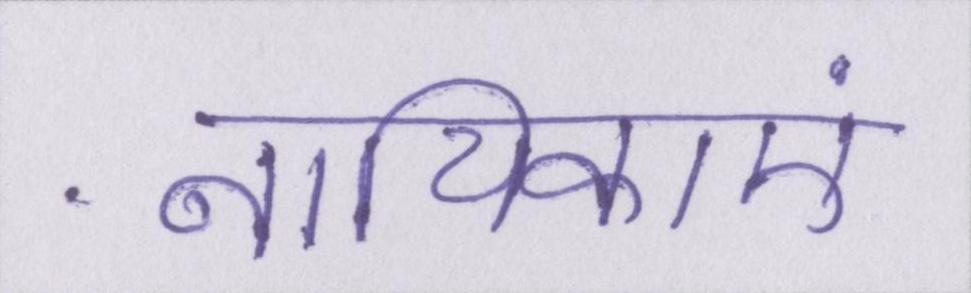
नायिकाएं